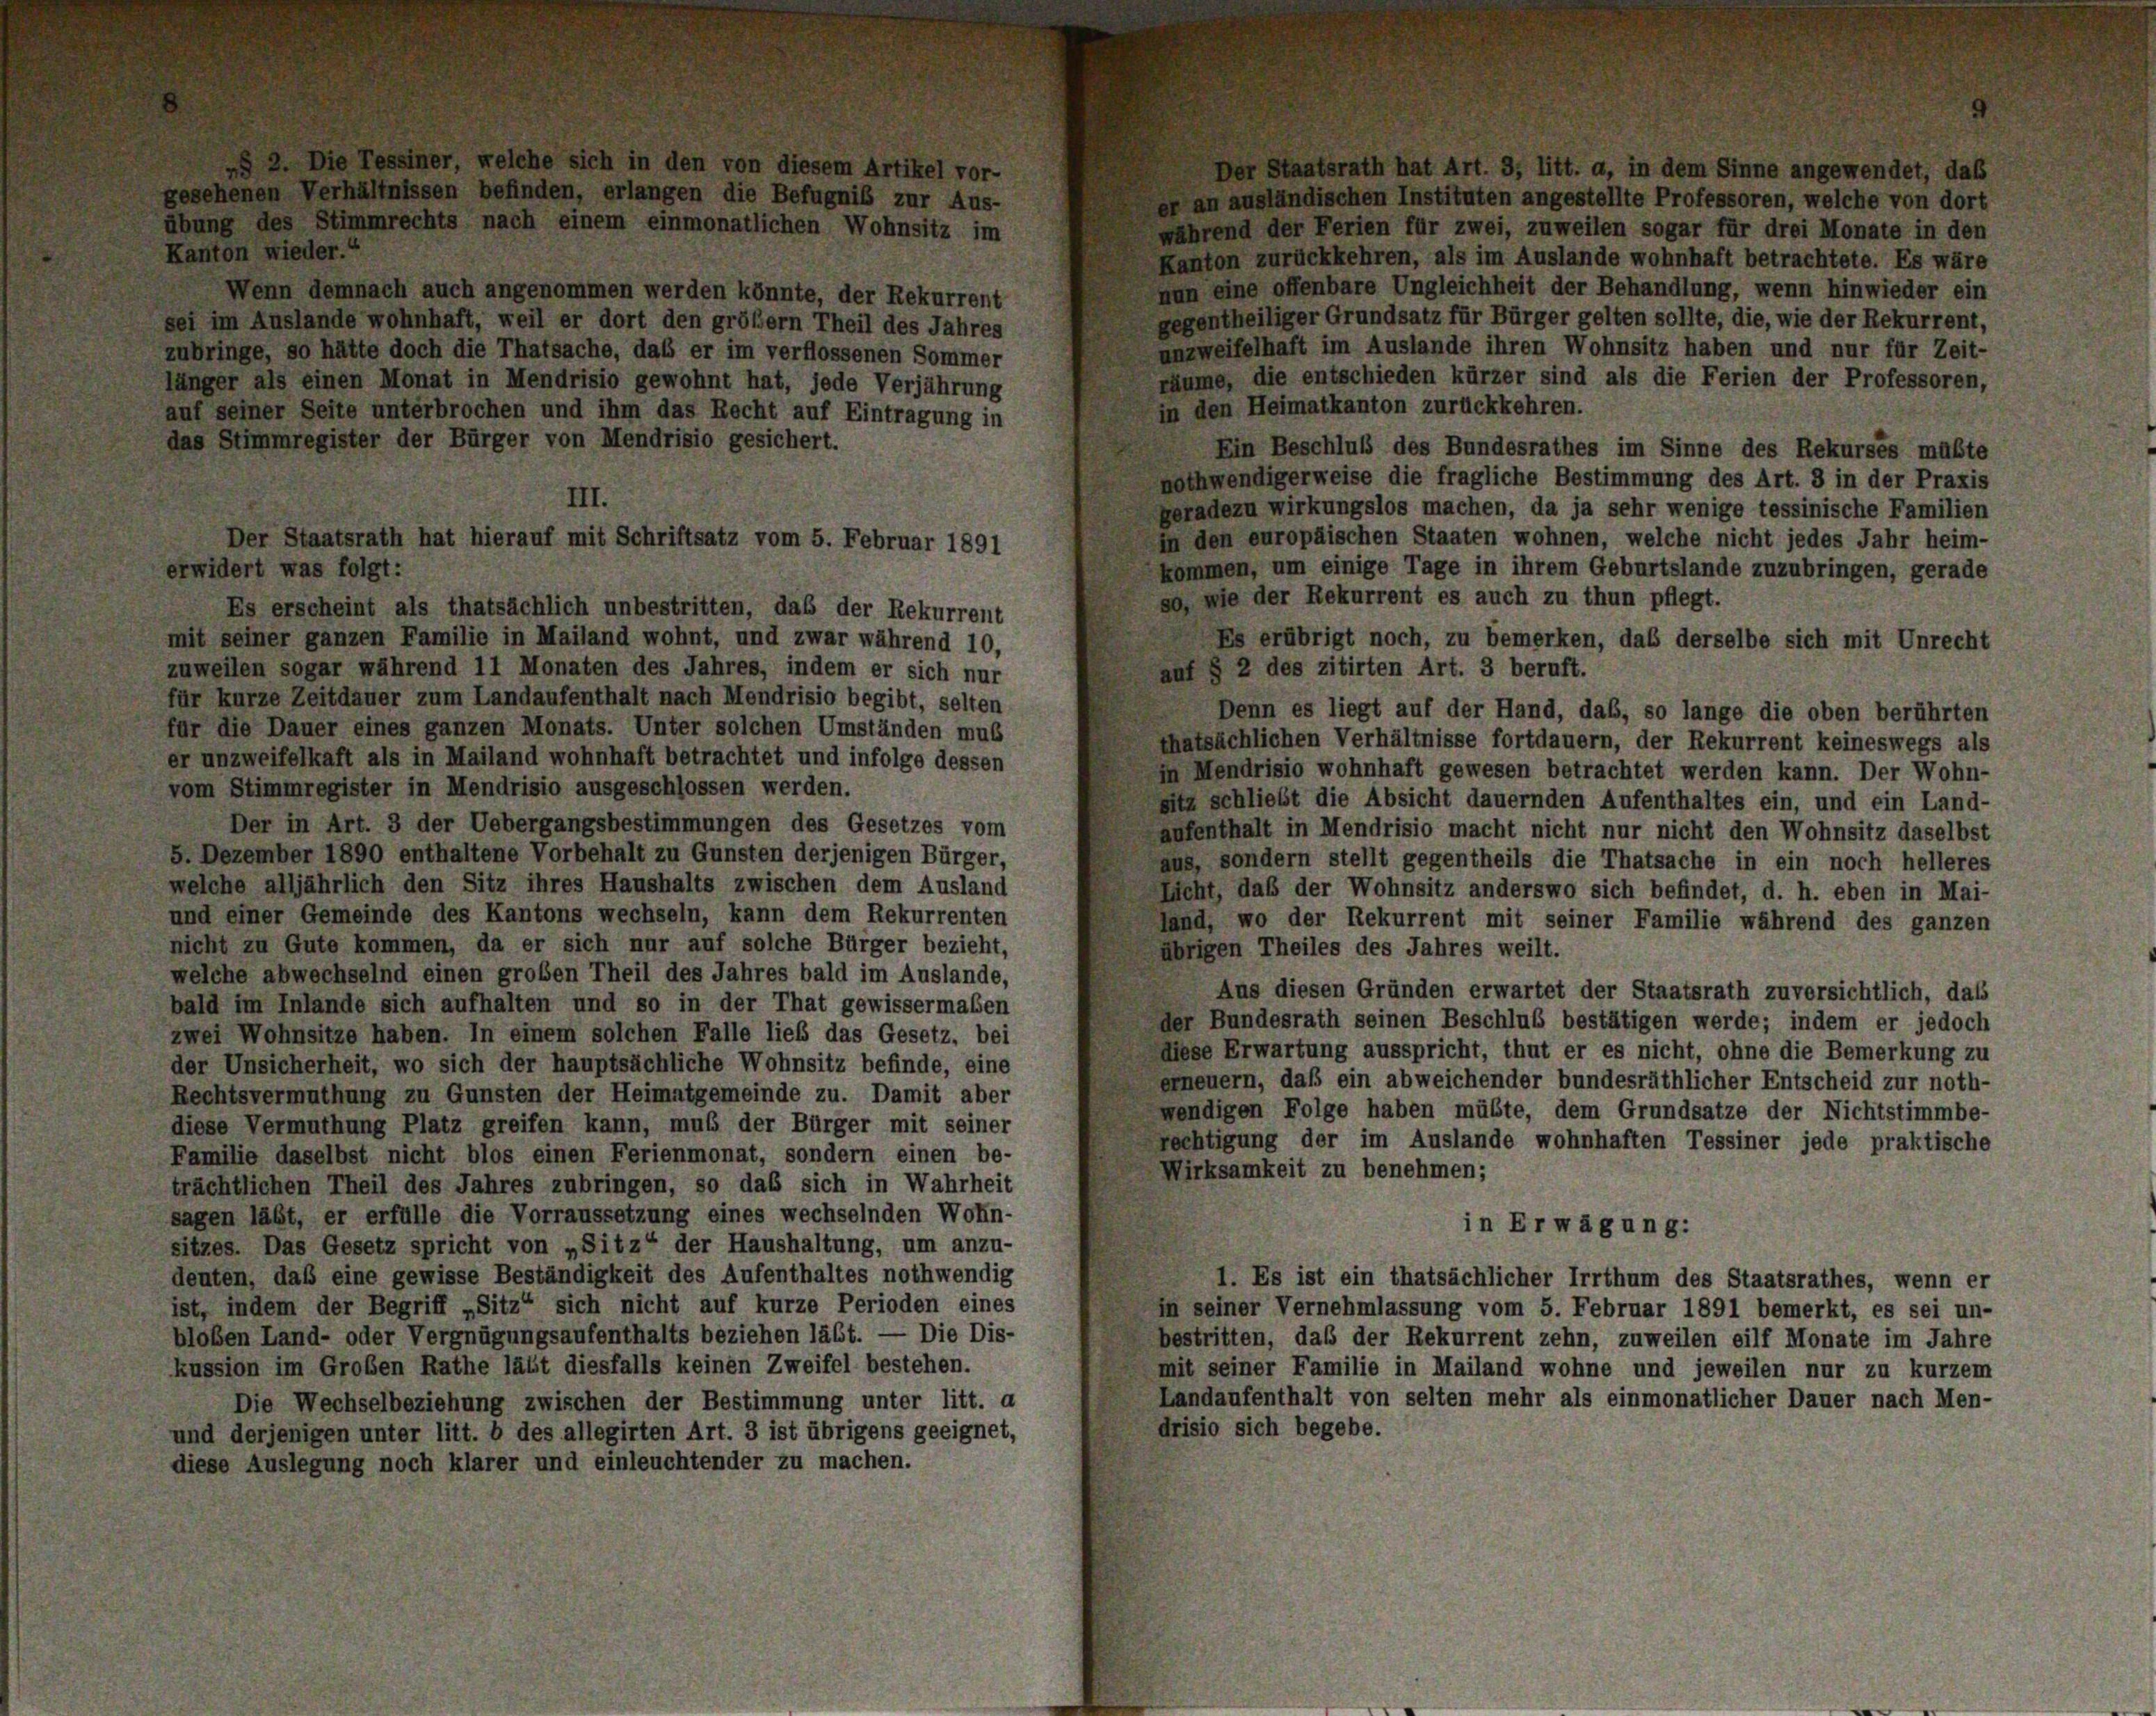
wendet, das

gesehenen Verhältnissen befinden, erlangen die Befugnis zur Aus-
er an ausländischen Instituten angestellte Professoren, welche von dort
übung des Stimmrechts nach einem einmonatlichen Wohnsitz im
während der Ferien für zwei, zuweilen sogar für drei Monate in den
Kanton wieder.“
Kanton zurückkehren, als im Auslande wohnhaft betrachtete. Es wäre
nun eine offenbare Ungleichheit der Behandlung, wenn hinwieder ein
Wenn demnach auch angenommen werden könnte, der Rekurrent
gegentheiliger Grundsatz für Bürger gelten sollte, die, wie der Rekurrent,
sei im Auslande wohnhaft, weil er dort den größer Theil des Jahres
unzweifelhaft im Auslande ihren Wohnsitz haben und nur für Zeit-
zubringe, so hätte doch die Thatsache, daß er im verflossenen Sommer
räume, die entschieden kürzer sind als die Ferien der Professoren,
länger als einen Monat in Mendrisio gewohnt hat, jede Verjährung
in den Heimatkanton zurückkehren.
auf seiner Seite unterbrochen und ihm das Recht auf Eintragung in
das Stimmregister der Bürger von Mendrisio gesichert.
Ein Beschluß des Bundesrathes im Sinne des Rekurses müßte
nothwendigerweise die fragliche Bestimmung des Art. 3 in der Praxis
III.
geradezu wirkungslos machen, da ja sehr wenige tessinische Familien
in den europäischen Staaten wohnen, welche nicht jedes Jahr heim-
Der Staatsrath hat hierauf mit Schriftsatz vom 5. Februar 1891
kommen, um einige Tage in ihrem Geburtslande zuzubringen, gerade
erwidert was folgt:
so, wie der Rekurrent es auch zu thun pflegt.
Es erscheint als thatsächlich unbestritten, daß der Rekurrent
mit seiner ganzen Familie in Mailand wohnt, und zwar während 10,
Es erübrigt noch, zu bemerken, das derselbe sich mit Unrecht
zuweilen sogar während 11 Monaten des Jahres, indem er sich nur
auf § 2 des zitirten Art. 3 beruft.
für kurze Zeitdauer zum Landaufenthalt nach Mendrisio begibt, selten
Denn es liegt auf der Hand, daß, so lange die oben berührten
für die Dauer eines ganzen Monats. Unter solchen Umständen mus
thatsächlichen Verhältnisse fortdauern, der Rekurrent keineswegs als
er unzweifelkaft als in Mailand wohnhaft betrachtet und infolge dessen
in Mendrisio wohnhaft gewesen betrachtet werden kann. Der Wohn-
vom Stimmregister in Mendrisio ausgeschlossen werden.
sitz schließt die Absicht dauernden Aufenthaltes ein, und ein Land-
Der in Art. 3 der Uebergangsbestimmungen des Gesetzes vom
aufenthalt in Mendrisio macht nicht nur nicht den Wohnsitz daselbst
5. Dezember 1890 enthaltene Vorbehalt zu Gunsten derjenigen Bürger,
aus, sondern stellt gegentheils die Thatsache in ein noch helleres
welche alljährlich den Sitz ihres Haushalts zwischen dem Ausland
Licht, daß der Wohnsitz anderswo sich befindet, d. h. eben in Mai-
und einer Gemeinde des Kantons wechseln, kann dem Rekurrenten
land, wo der Rekurrent mit seiner Familie während des ganzen
nicht zu Gute kommen, da er sich nur auf solche Bürger bezieht,
übrigen Theiles des Jahres weilt.
welche abwechselnd einen großen Theil des Jahres bald im Auslande,
Aus diesen Gründen erwartet der Staatsrath zuversichtlich, dass
bald im Inlande sich aufhalten und so in der That gewissermaßen
der Bundesrath seinen Beschluß bestätigen werde; indem er jedoch
zwei Wohnsitze haben. In einem solchen Falle lieb das Gesetz, bei
diese Erwartung ausspricht, thut er es nicht, ohne die Bemerkung zu
der Unsicherheit, wo sich der hauptsächliche Wohnsitz befinde, eine
erneuern, daß ein abweichender bundesräthlicher Entscheid zur noth-
Rechtsvermuthung zu Gunsten der Heimatgemeinde zu. Damit aber
wendigen Folge haben müßte, dem Grundsätze der Nichtstimmbe-
diese Vermuthung Platz greifen kann, muß der Bürger mit seiner
rechtigung der im Auslande wohnhaften Tessiner jede praktische
Familie daselbst nicht blos einen Ferienmonat, sondern einen be-
Wirksamkeit zu benehmen;
trächtlichen Theil des Jahres zubringen, so das sich in Wahrheit
sagen läßt, er erfülle die Vorraussetzung eines wechselnden Wohn-
in Erwägung:
sitzes. Das Gesetz spricht von „Sitz“ der Haushaltung, um anzu-
deuten, daß eine gewisse Beständigkeit des Aufenthaltes nothwendig
1. Es ist ein thatsächlicher Irrthum des Staatsrathes, wenn er
ist, indem der Begriff „Sitz“ sich nicht auf kurze Perioden eines
in seiner Vernehmlassung vom 5. Februar 1891 bemerkt, es sei un-
bloben Land- oder Vergnügungsaufenthalts beziehen lässt. — Die Dis-
bestritten, daß der Rekurrent zehn, zuweilen eilf Monate im Jahre
kussion im Groben Rathe läßt diesfalls keinen Zweifel bestehen.
mit seiner Familie in Mailand wohne und jeweilen nur zu kurzem
Landaufenthalt von selten mehr als einmonatlicher Dauer nach Men-
Die Wechselbeziehung zwischen der Bestimmung unter litt. a
drisio sich begebe.
und derjenigen unter litt. b des allegirten Art. 3 ist übrigens geeignet,
diese Auslegung noch klarer und einleuchtender zu machen.